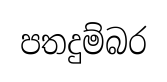
පතදුම්බර